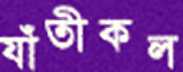
যাঁতীকল